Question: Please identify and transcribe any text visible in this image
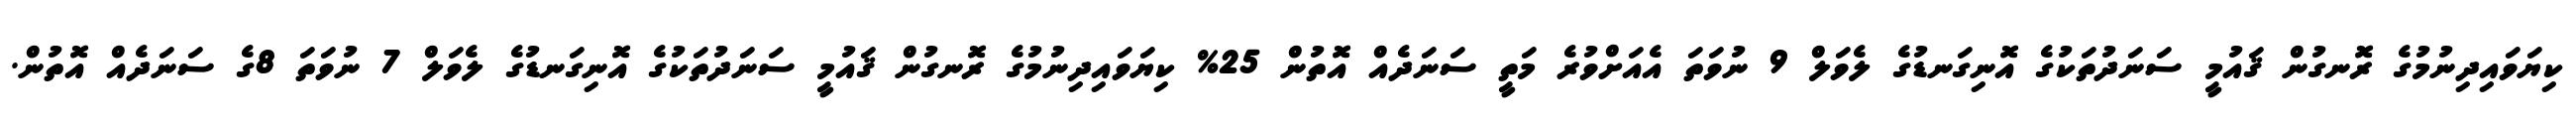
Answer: ކިޔަވައިދިނުމުގެ ރޮނގުން ޤައުމީ ސަނަދުތަކުގެ އޮނިގަނޑުގެ ލެވަލް 9 ނުވަތަ އެއަށްވުރެ މަތީ ސަނަދެއް އޮތުން 25% ކިޔަވައިދިނުމުގެ ރޮނގުން ޤައުމީ ސަނަދުތަކުގެ އޮނިގަނޑުގެ ލެވަލް 7 ނުވަތަ 8ގެ ސަނަދެއް އޮތުން.